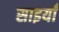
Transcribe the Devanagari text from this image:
साइयाँ